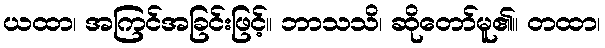
ယထာ၊ အကြင်အခြင်းဖြင့်။ ဘာသသိ၊ ဆိုတော်မူ၏။ တထာ၊